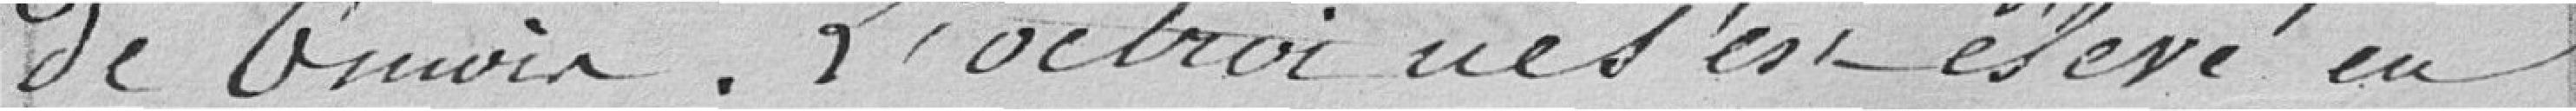
---. L'octroi ne s'est élevé en